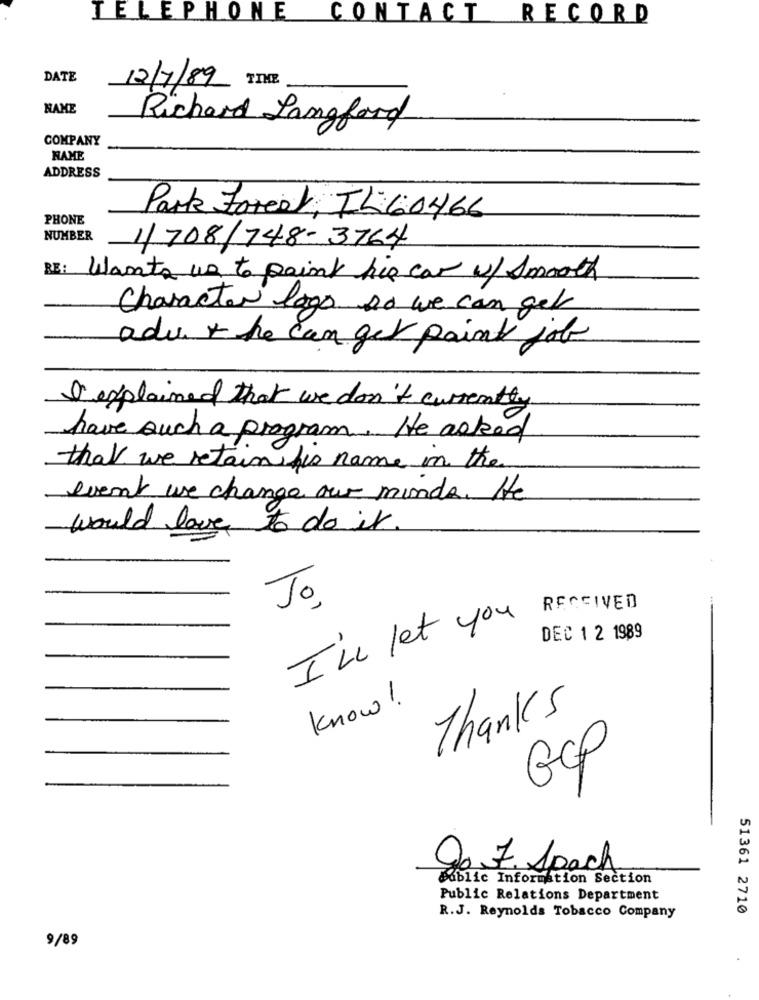
TELEPHONE
CONTACT RECORD
DATE
TIME
12/7/89
NAME
Richard Langford
COMPANY
NAME
ADDRESS
PHONE
Park Forest, IL60466
NUMBER
1/708/748-3764
RE: Wants us to paint his car w/ Smooth
Character logo so we can get
adv + he can get paint job
I explained that we don't currently
have such a program. He asked
that we retain his name in the
event we change our minds. He
would love to do it
Jo,
RECEIVED
I'LL let you
DEC 1 2 1989
know!
Thanks
GCP
do F. Spach
Public Information Section
Public Relations Department
51361 2710
R.J. Reynolds Tobacco Company
9/89